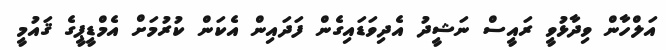
އަލްހާން ވިދާޅުވީ ރައީސް ނަޝީދު އެދިވަޑައިގެން ފަދައިން އެކަން ކުރުމަށް އެމްޑީޕީގެ ޤައުމީ